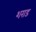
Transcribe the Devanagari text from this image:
शराड